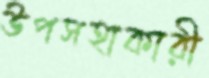
উপসহাকারী